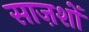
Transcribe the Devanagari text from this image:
साज़शों